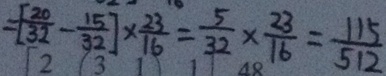
= [ \frac { 2 0 } { 3 2 } - \frac { 1 5 } { 3 2 } ] \times \frac { 2 3 } { 1 6 } = \frac { 5 } { 3 2 } \times \frac { 2 3 } { 1 6 } = \frac { 1 1 5 } { 5 1 2 }